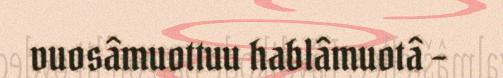
vuosâmuottuu hablâmuotâ –